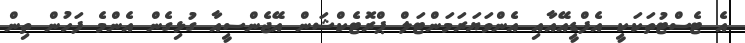
އެ ޓެސްޓުތަކަކީ އެފްޑީއޭއާއި އެންވަޔަރަމަންޓަލް ޕްރޮޓެކްޝަން އޭޖެންސީއާ ގުޅިގެން އެންމެ ފަހުން ތިން